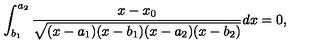
\int _ { b _ { 1 } } ^ { a _ { 2 } } \frac { x - x _ { 0 } } { \sqrt { ( x - a _ { 1 } ) ( x - b _ { 1 } ) ( x - a _ { 2 } ) ( x - b _ { 2 } ) } } d x = 0 ,